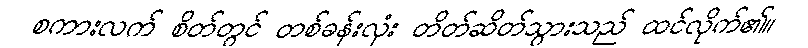
စကားလက် စိတ်တွင် တစ်ခန်းလုံး တိတ်ဆိတ်သွားသည် ထင်လိုက်၏။